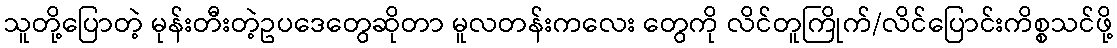
သူတို့ပြောတဲ့ မုန်းတီးတဲ့ဥပဒေတွေဆိုတာ မူလတန်းကလေး တွေကို လိင်တူကြိုက်/လိင်ပြောင်းကိစ္စသင်ဖို့